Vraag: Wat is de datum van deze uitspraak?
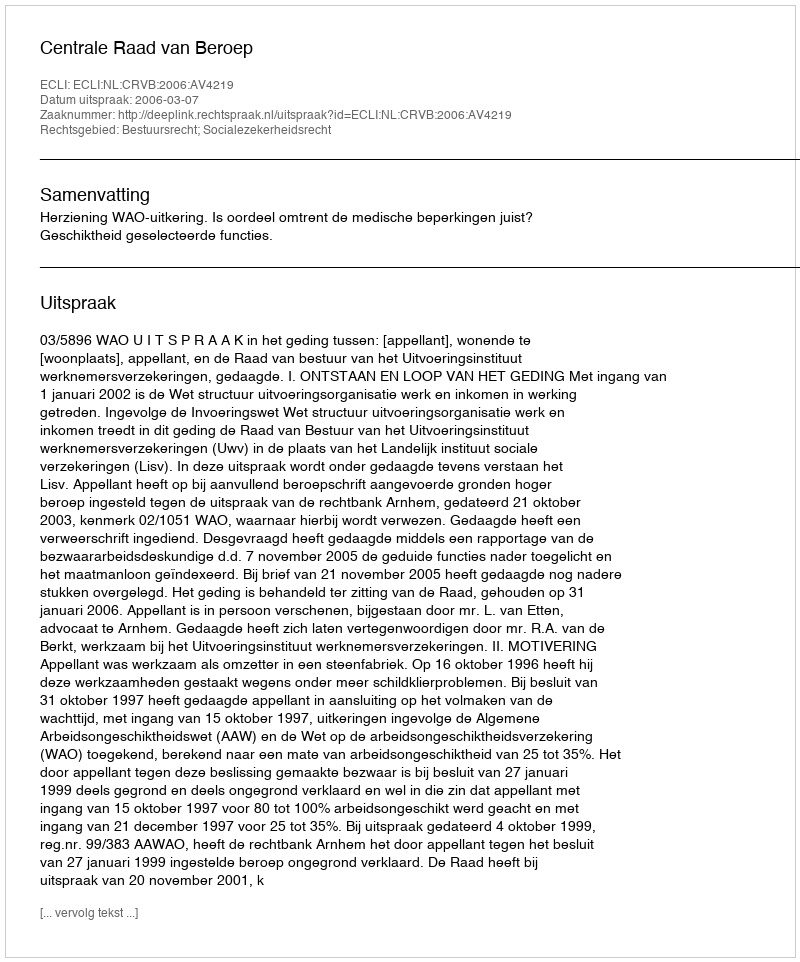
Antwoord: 2006-03-07